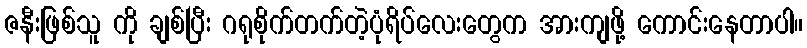
ဇနီးဖြစ်သူ ကို ချစ်ပြီး ဂရုစိုက်တက်တဲ့ပုံရိပ်လေးတွေက အားကျဖို့ ကောင်းနေတာပါ။